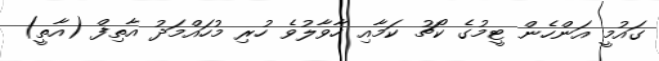
ގައުމީ އަންހެން ޓީމުގެ ކޯޗު ކަމާއި ހާވާލުވެ ހުރި މުހައްމަދު އާތިފް (އާތީ)